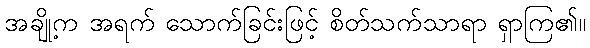
အချို့က အရက် သောက်ခြင်းဖြင့် စိတ်သက်သာရာ ရှာကြ၏။